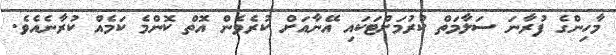
މާހިންގެ ފުރާނަ ސަލާމަތް ކުރުމަށްޓަކައި އޭނާއަށް ކުރެވެން އޮތް ކޮންމެ ކަމެއް ކުރާނެއެވެ.